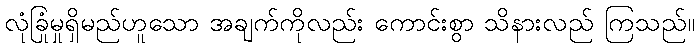
လုံခြုံမှုရှိမည်ဟူသော အချက်ကိုလည်း ကောင်းစွာ သိနားလည် ကြသည်။